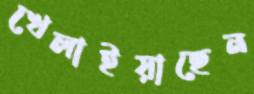
খেলাইয়াছেন